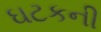
ઘટકની